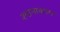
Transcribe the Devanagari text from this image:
श्यामाकल्प